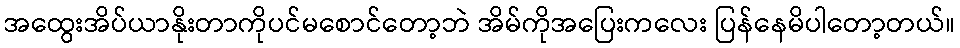
အထွေးအိပ်ယာနိုးတာကိုပင်မစောင်တော့ဘဲ အိမ်ကိုအပြေးကလေး ပြန်နေမိပါတော့တယ်။